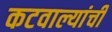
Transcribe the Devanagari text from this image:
कटवाल्यांची